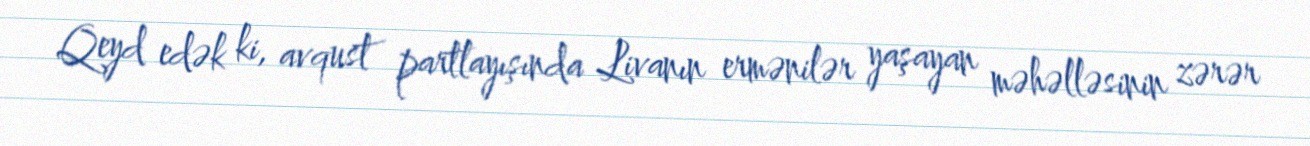
Qeyd edək ki, avqust partlayışında Livanın ermənilər yaşayan məhəlləsinin zərər